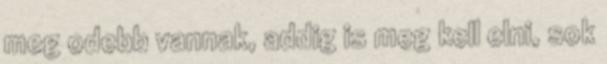
meg odebb vannak, addig is meg kell elni, sok